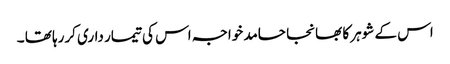
اس کے شوہر کا بھانجا حامد خواجہ اس کی تیمار داری کررہا تھا ۔